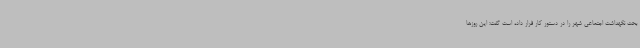
بحث نگهداشت اجتماعی شهر را در دستور کار قرار داده است گفت: این روزها